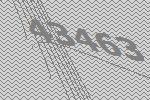
43463